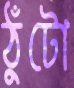
ঠুঁটো